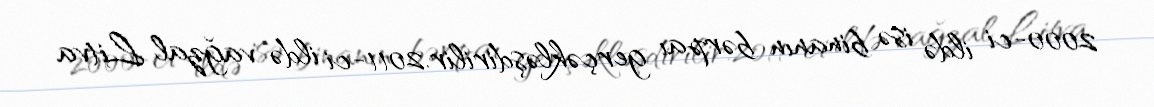
2000-ci ildə isə binanın bərpaı gerçəkləşdirilir.2011-ci ildə vağzal Litva